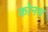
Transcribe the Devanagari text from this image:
कोनथ